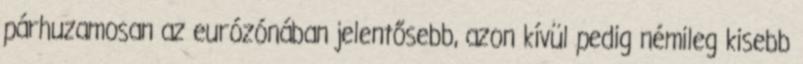
párhuzamosan az eurózónában jelentősebb, azon kívül pedig némileg kisebb